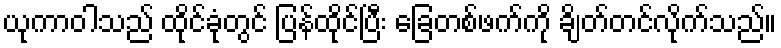
ယုကာဝါသည် ထိုင်ခုံတွင် ပြန်ထိုင်ပြီး ခြေတစ်ဖက်ကို ချိတ်တင်လိုက်သည်။